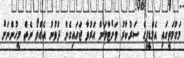
މަގުމަތީގައި އެމްޑީޕީގެ ސަރުކާރު ވަށްޓާލަން އަރުވާ ޖަހައިގެން ދުވުނު އެއްލޯ ނެތް މީހުންނަށް